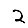
Digit: 2